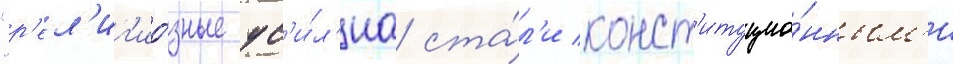
"р'ел'иг'ио́зные ус'и́л'иа ста́л'и конст'итуцио́нным'и